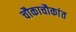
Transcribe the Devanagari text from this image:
चौकाचौकांत